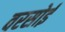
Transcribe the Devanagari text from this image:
वरसोई